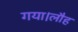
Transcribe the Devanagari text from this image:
गया।लौह